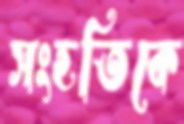
সংহতিকে